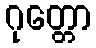
ဂုတ္တော